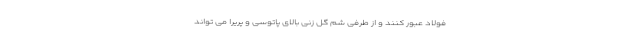
فولاد عبور کنند و از طرفی شم گل زنی بالای پاتوسی و پریرا می تواند